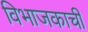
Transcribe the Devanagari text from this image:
विभाजकाची